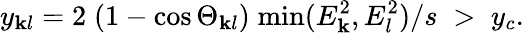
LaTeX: y_{\mathbf{k}l}=2\; (1-\cos\Theta_{\mathbf{k}l})\; \mathrm{{min}}(E_{\mathbf{k}}^{2},E_{l}^{2})/s\; >\; y_{c}.